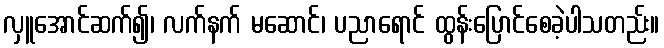
လှူအောင်ဆက်၍၊ လက်နက် မဆောင်၊ ပညာရောင် ထွန်းပြောင်စေခဲ့ပါသတည်း။